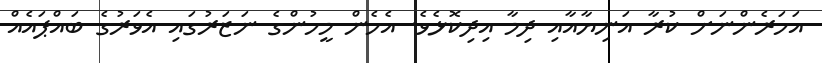
އަހަރެންނަށް ކުރާ އަނިޔާއާއި ދިމާ އިދިކޮޅެވެ. އެެހެން މީހުންގެ ނަޒަރުގައި އެވަރުގެ ބައްޕައެއް